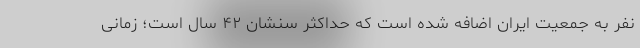
نفر به جمعیت ایران اضافه شده است که حداکثر سنشان ۴۲ سال است؛ زمانی